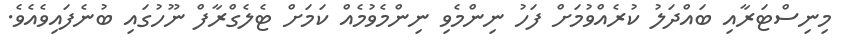
މިނިސްޓަރާއި ބައްދަލު ކުރެއްވުމަށް ފަހު ނިންމެވި ނިންމެވުމެއް ކަމަށް ޓެލެގްރާފް ނޫހުގައި ބުނެފައިވެއެވެ.